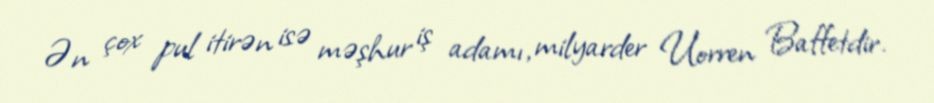
Ən çox pul itirən isə məşhur iş adamı, milyarder Uorren Baffetdir.